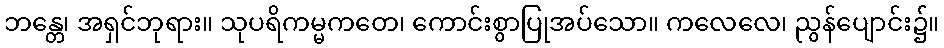
ဘန္တေ၊ အရှင်ဘုရား။ သုပရိကမ္မကတေ၊ ကောင်းစွာပြုအပ်သော။ ကလေလေ၊ ညွန်ပျောင်း၌။